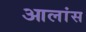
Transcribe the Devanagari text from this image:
आलांस